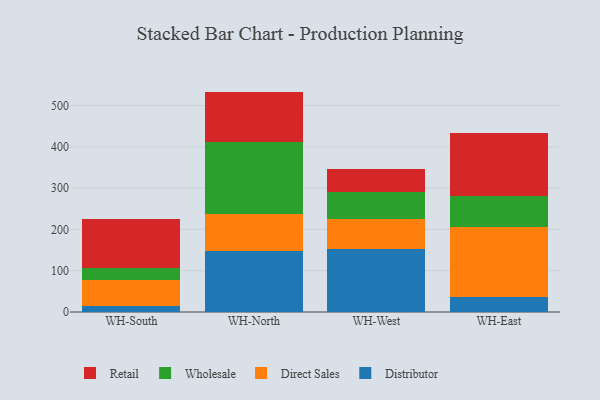
{"axis": {"x": "Warehouse", "y": "Website Visitors"}, "legend": ["Direct Sales", "Distributor", "Retail", "Wholesale"], "data": [{"x": "WH-South", "y": 13.4, "type": "Distributor"}, {"x": "WH-South", "y": 65.0, "type": "Direct Sales"}, {"x": "WH-South", "y": 28.6, "type": "Wholesale"}, {"x": "WH-South", "y": 117.8, "type": "Retail"}, {"x": "WH-North", "y": 146.7, "type": "Distributor"}, {"x": "WH-North", "y": 90.6, "type": "Direct Sales"}, {"x": "WH-North", "y": 173.5, "type": "Wholesale"}, {"x": "WH-North", "y": 123.0, "type": "Retail"}, {"x": "WH-West", "y": 151.5, "type": "Distributor"}, {"x": "WH-West", "y": 74.2, "type": "Direct Sales"}, {"x": "WH-West", "y": 64.0, "type": "Wholesale"}, {"x": "WH-West", "y": 57.6, "type": "Retail"}, {"x": "WH-East", "y": 35.7, "type": "Distributor"}, {"x": "WH-East", "y": 170.4, "type": "Direct Sales"}, {"x": "WH-East", "y": 74.2, "type": "Wholesale"}, {"x": "WH-East", "y": 153.9, "type": "Retail"}]}